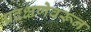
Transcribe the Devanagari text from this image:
प्रदक्षणेवरून